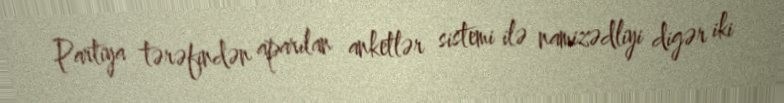
Partiya tərəfindən aparılan anketlər sistemi ilə namizədliyi digər iki